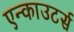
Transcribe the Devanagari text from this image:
एन्काउटर्स